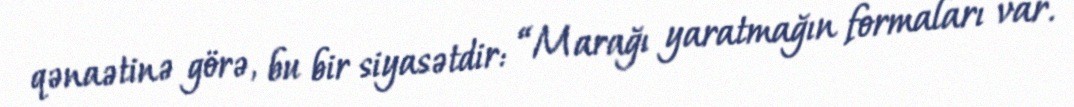
qənaətinə görə, bu bir siyasətdir: “Marağı yaratmağın formaları var.